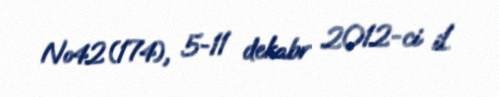
№42(174), 5-11 dekabr 2012-ci il.